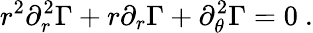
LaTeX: r^{2}\partial_{r}^{2}\Gamma+r\partial_{r}\Gamma+\partial_{\theta}^{2}\Gamma=0\ .